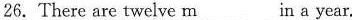
26. There are twelve \underline{m } in a year.